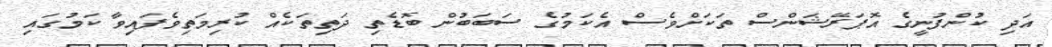
އަދި ކުންފުނީގެ އޮޕަރޭޝަންސް ތަކަށްވެސް އެކަމުގެ ސަބަބުން ބޮޑެތި ދަތިތަކެއް ކުރިމަތިވެފައިވާ ކަމުގައި